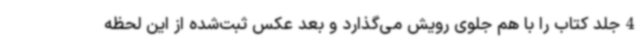
4جلد کتاب را با هم جلوی رویش می‌گذارد و بعد عکس ثبت‌شده از این لحظه